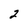
Character: 2